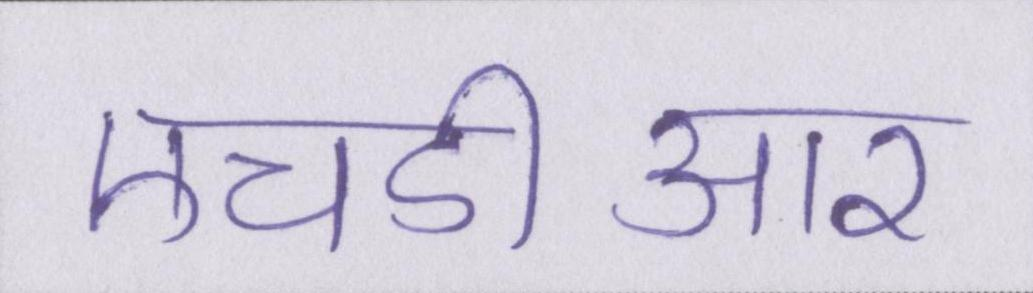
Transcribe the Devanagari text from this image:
एचडीआर